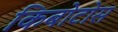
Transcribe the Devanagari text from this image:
किबोटोस